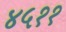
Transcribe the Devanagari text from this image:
४५११